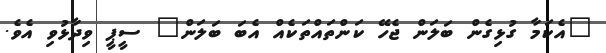
"އެކަމާ ގުޅިގެން ބަލަން ޖެހޭ ކަންތައްތަކެއް އެބަ ބަލަން" ސީޕީ ވިދާޅުވި އެވެ.